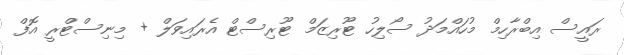
ރައީސް އިބްރާހިމް މުހައްމަދު ސޯލިހު ޓޫރިޒަމް ޓޫރިސްޓް އެރައިވަލް + މިނިސްޓްރީ އޮފް